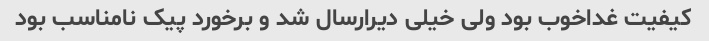
کیفیت غداخوب بود ولی خیلی دیرارسال شد و برخورد پیک نامناسب بود